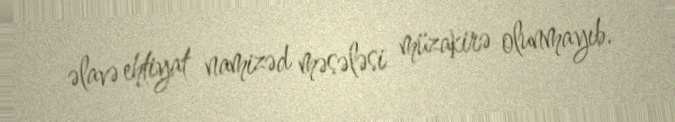
əlavə ehtiyat namizəd məsələsi müzakirə olunmayıb.